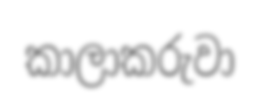
කාලාකරුවා